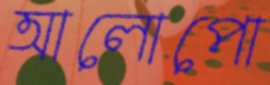
আলোপো